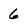
Character: 6